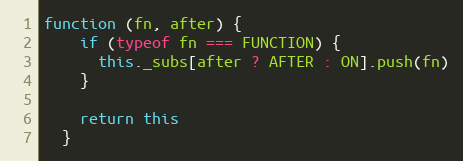
Language: JavaScript
function (fn, after) {
    if (typeof fn === FUNCTION) {
      this._subs[after ? AFTER : ON].push(fn)
    }

    return this
  }